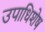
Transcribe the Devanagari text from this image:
उपाधिशेष